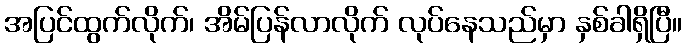
အပြင်ထွက်လိုက်၊ အိမ်ပြန်လာလိုက် လုပ်နေသည်မှာ နှစ်ခါရှိပြီ။